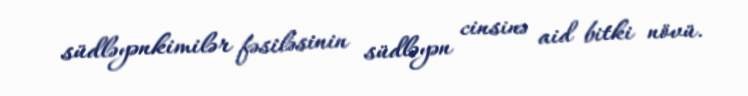
südləyənkimilər fəsiləsinin südləyən cinsinə aid bitki növü.